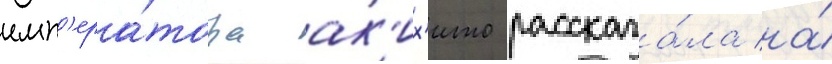
имп'ера́тора ак'их'ито рассказа́ла на́